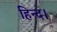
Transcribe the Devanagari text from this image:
हिन्द।